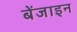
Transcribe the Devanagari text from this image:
बेंजाइन